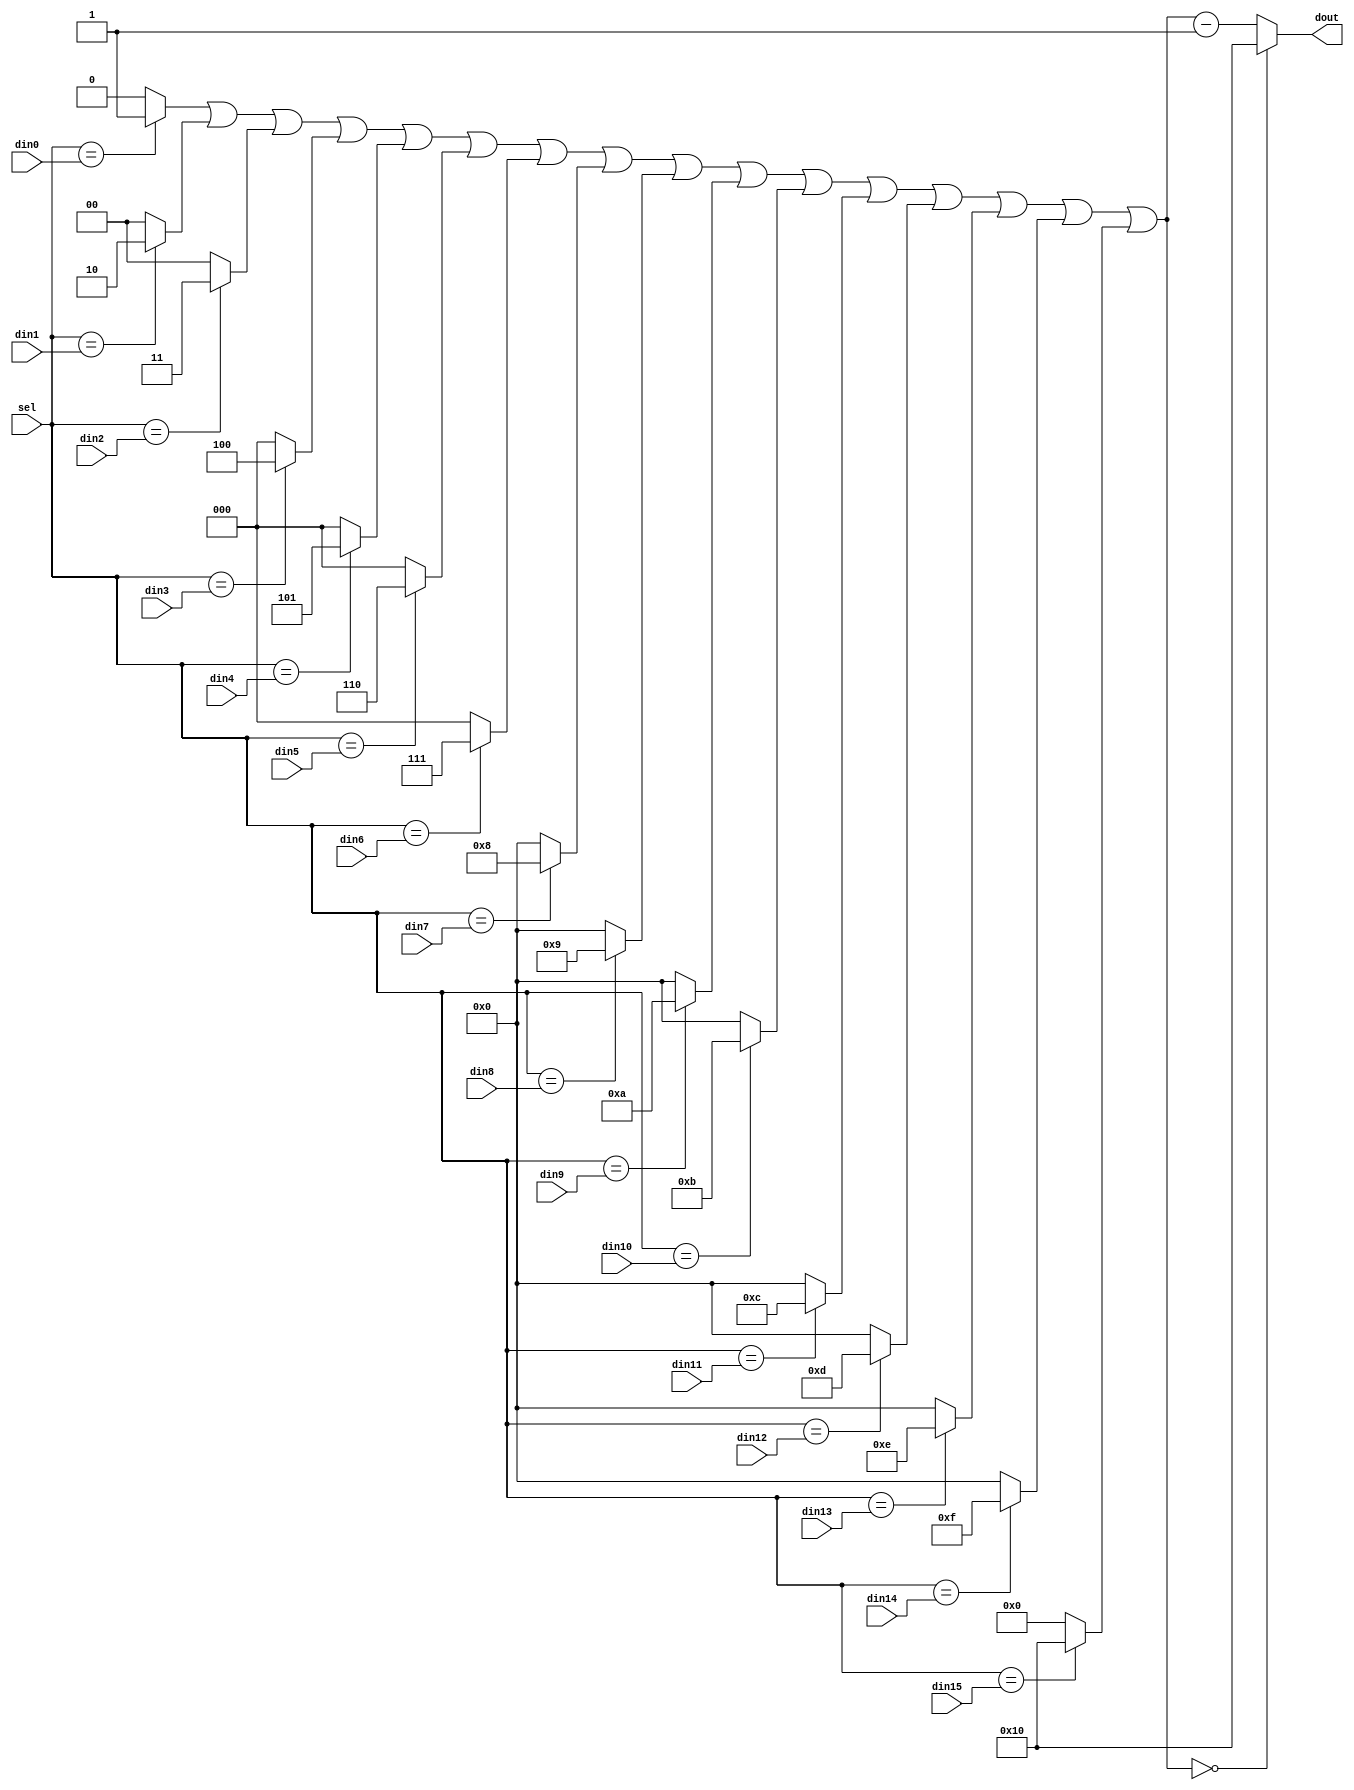
// ==============================================================
// Description: Generate bank_occupied
// VEC = 16, Stages = 1
// ==============================================================

module generate_bank_occupied(
	din0, 
	din1, 
	din2, 
	din3, 
	din4, 
	din5, 
	din6, 
	din7, 
	din8, 
	din9, 
	din10, 
	din11, 
	din12, 
	din13, 
	din14, 
	din15, 
	sel, 
	dout
);

input	[5:0]		din0;
input	[5:0]		din1;
input	[5:0]		din2;
input	[5:0]		din3;
input	[5:0]		din4;
input	[5:0]		din5;
input	[5:0]		din6;
input	[5:0]		din7;
input	[5:0]		din8;
input	[5:0]		din9;
input	[5:0]		din10;
input	[5:0]		din11;
input	[5:0]		din12;
input	[5:0]		din13;
input	[5:0]		din14;
input	[5:0]		din15;

input	[5:0]		sel;
output	[4:0]		dout;

wire 	[4:0]		temp0;
wire 	[4:0]		temp1;
wire 	[4:0]		temp2;
wire 	[4:0]		temp3;
wire 	[4:0]		temp4;
wire 	[4:0]		temp5;
wire 	[4:0]		temp6;
wire 	[4:0]		temp7;
wire 	[4:0]		temp8;
wire 	[4:0]		temp9;
wire 	[4:0]		temp10;
wire 	[4:0]		temp11;
wire 	[4:0]		temp12;
wire 	[4:0]		temp13;
wire 	[4:0]		temp14;
wire 	[4:0]		temp15;

assign temp0 = (sel == din0)?{5'd1}:{5'd0};
assign temp1 = (sel == din1)?{5'd2}:{5'd0};
assign temp2 = (sel == din2)?{5'd3}:{5'd0};
assign temp3 = (sel == din3)?{5'd4}:{5'd0};
assign temp4 = (sel == din4)?{5'd5}:{5'd0};
assign temp5 = (sel == din5)?{5'd6}:{5'd0};
assign temp6 = (sel == din6)?{5'd7}:{5'd0};
assign temp7 = (sel == din7)?{5'd8}:{5'd0};
assign temp8 = (sel == din8)?{5'd9}:{5'd0};
assign temp9 = (sel == din9)?{5'd10}:{5'd0};
assign temp10 = (sel == din10)?{5'd11}:{5'd0};
assign temp11 = (sel == din11)?{5'd12}:{5'd0};
assign temp12 = (sel == din12)?{5'd13}:{5'd0};
assign temp13 = (sel == din13)?{5'd14}:{5'd0};
assign temp14 = (sel == din14)?{5'd15}:{5'd0};
assign temp15 = (sel == din15)?{5'd16}:{5'd0};

wire	[4:0]		comp_result;
wire 	[4:0]		result;

assign comp_result = temp0 | temp1 | temp2 | temp3 | temp4 | temp5 | temp6 | temp7 
					| temp8 | temp9 | temp10 | temp11 | temp12 | temp13 | temp14 | temp15;

assign result = comp_result - 1;

assign dout = (comp_result == 0)?{5'd16}:result;


endmodule